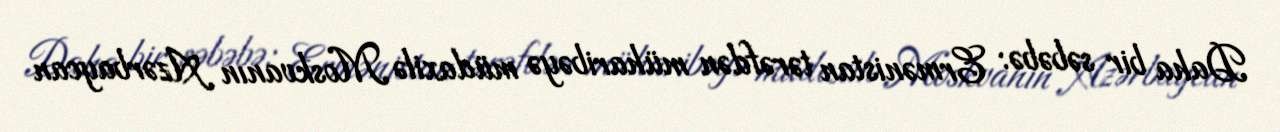
Daha bir səbəbə: Ermənistan tərəfdən müharibəyə müdaxilə Moskvanın Azərbaycan